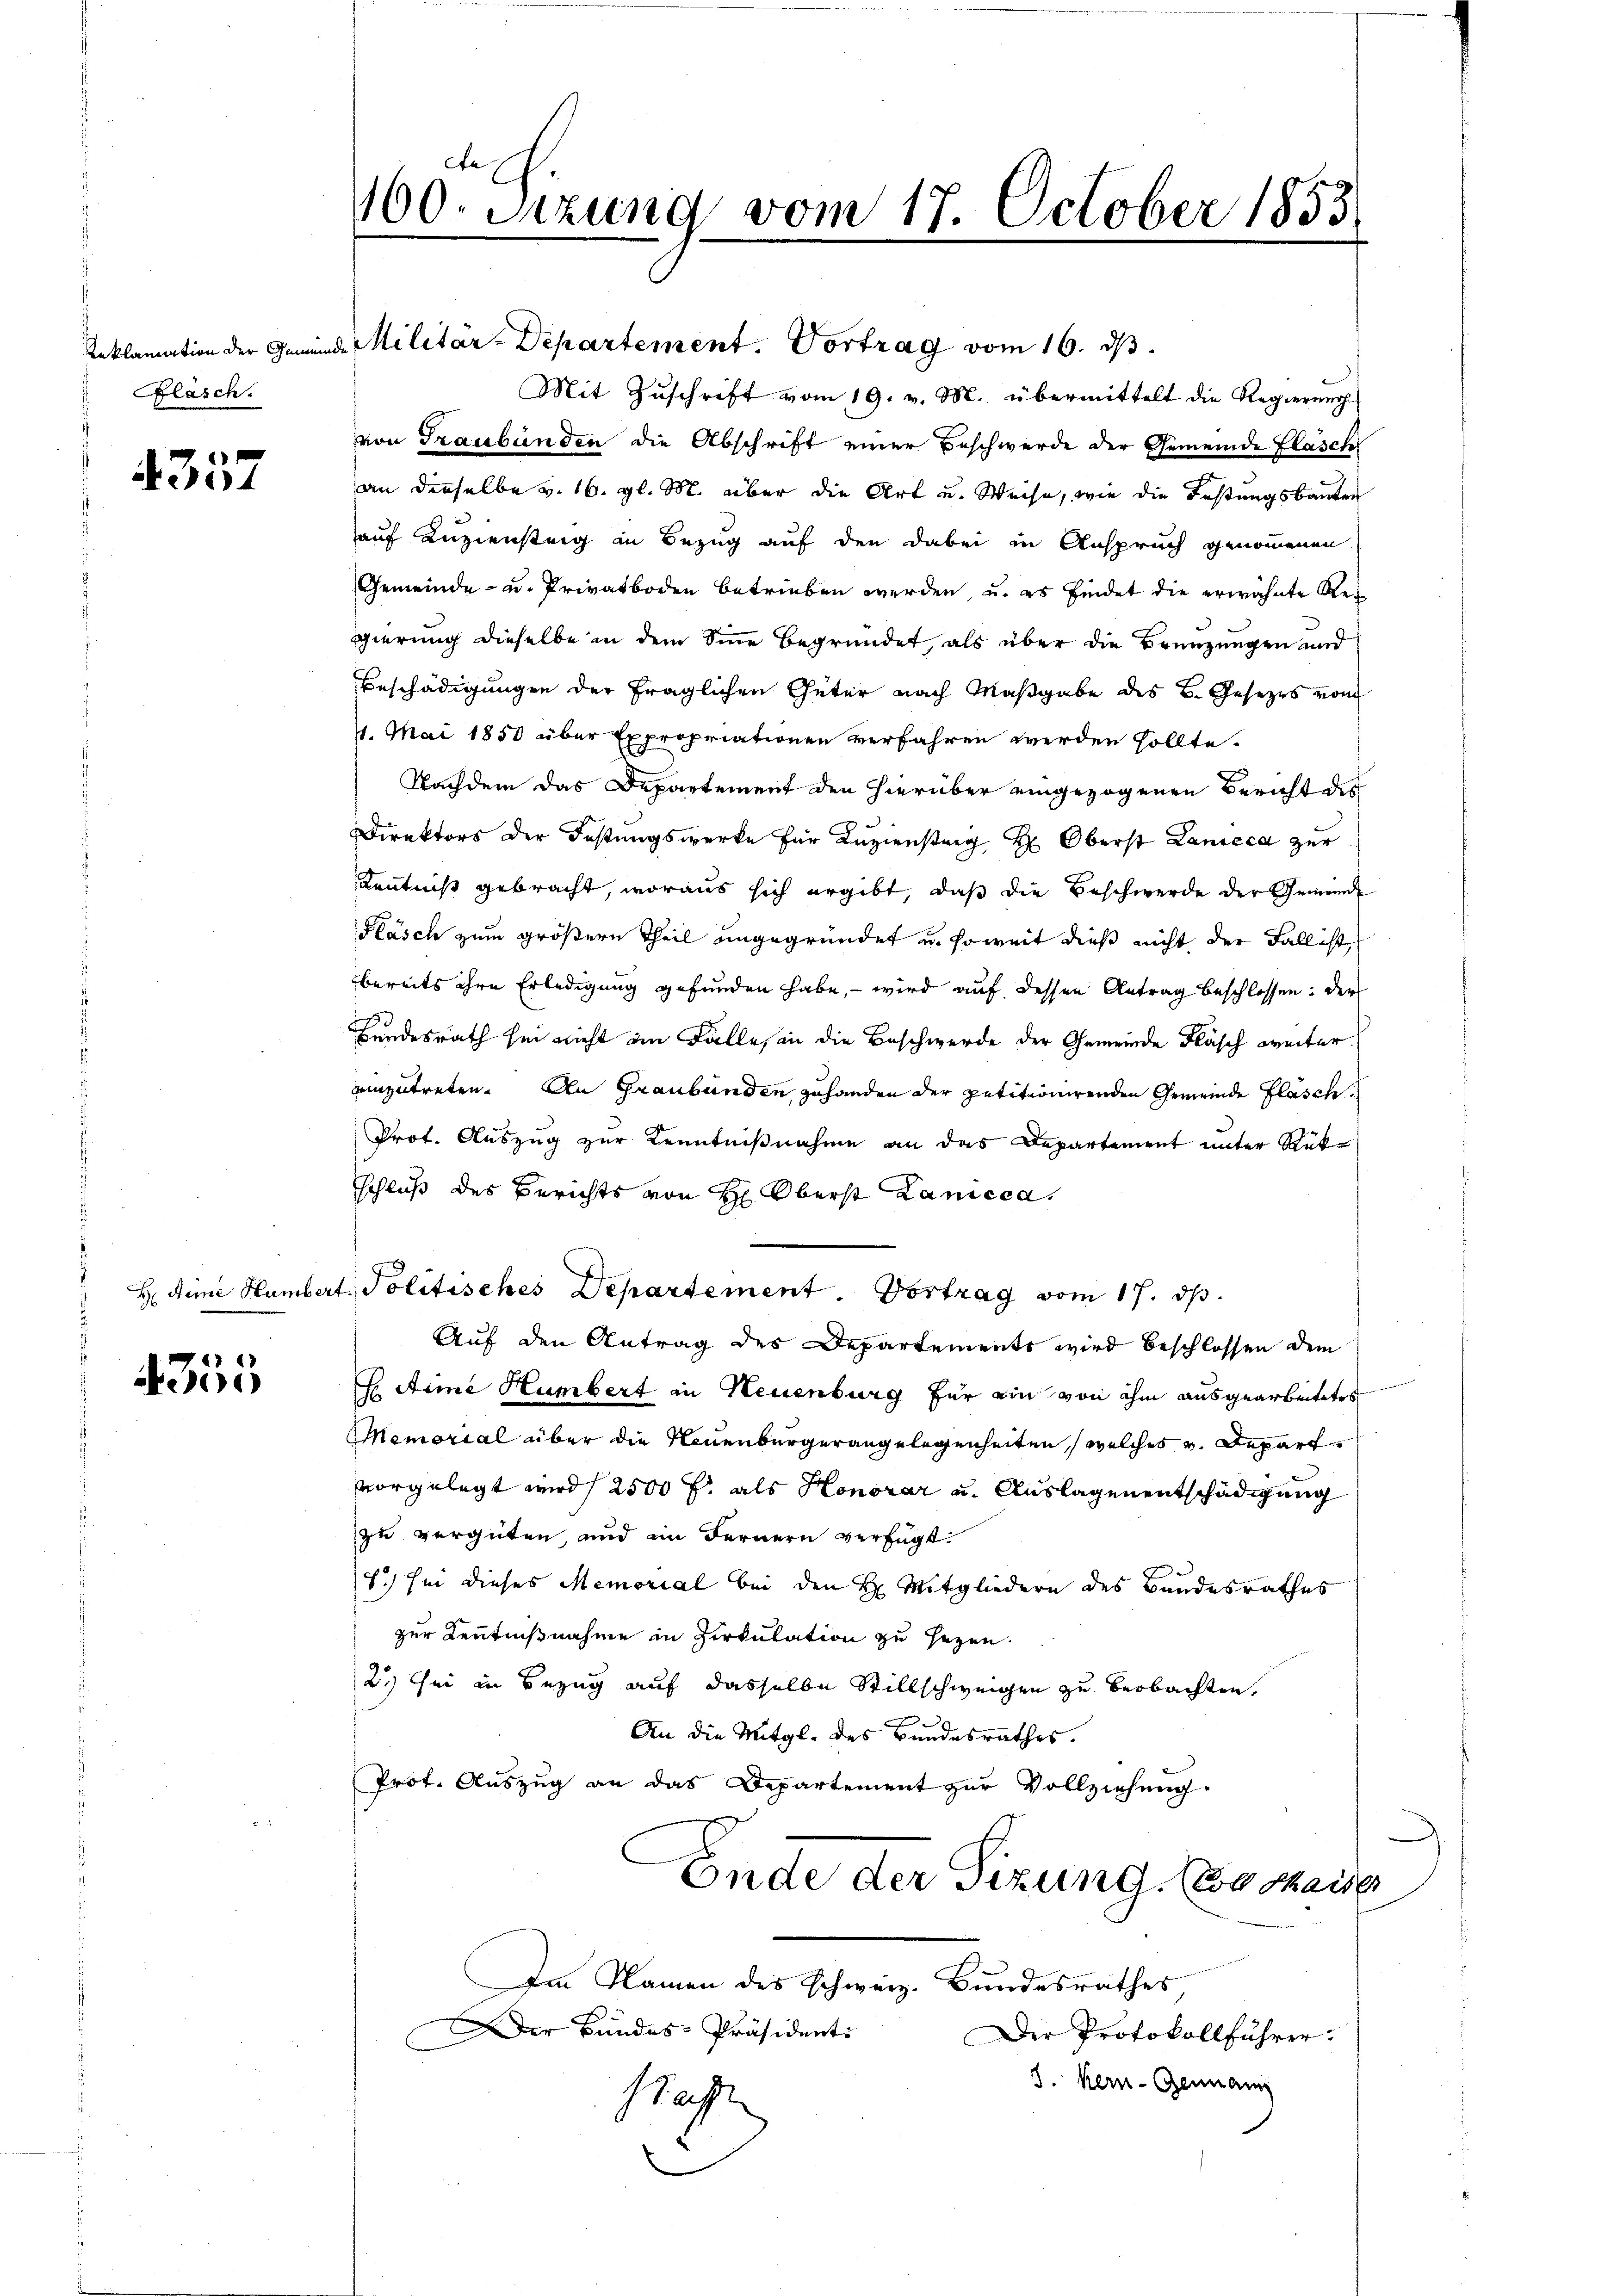
Reklamation der Gemein
Flasch.

4357

H Arme Humber

355

a Militar-Departement. Vortrag vom 16. ds.
Mit Zuschrift vom 19. v. M. übermittelt die Regierung
von Graubünden die Abschrift einer Beschwerde der Gemeinde Flasch
an dieselbe v. 16. gl. M. über die Art und Weise, wie die Festungsbauten
auf Kuziensteig in Bezug auf den dabei in Anspruch genommenen
Gemeinde- u. Privatboden betrieben werden, u. es findet die erwähnte Regierung dieselbe in dem Sinne Begründet, als über die Brünzungen und
Beschädigungen der fraglichen Güter nach Maßgabe des B. Gesetzes vom
11. Mai 1850 über Expropriationen verfahren werden sollte.
Nachdem das Departement den hierüber eingezogenen Bericht des
Direktors der Festungswerke für Kuriensteig H: Oberst Lanicca zur
Kenntniß gebracht, woraus sich ergibt, daß die Beschwerde der Gemeinde
Fläsch zum größern Theil angegründet u. soweit dieß nicht der Fall ist,
bereits ihre Erledigung gefunden habe, – wird auf dessen Antrag beschlossen: der
Bundesrath hin nicht im Falles in die Beschwerde der Gemeinde Fläsch weitereinzutreten. An Graubünden gehanden der petitionirenden Gemeinde Fläsch
Prot. Auszug zur Kenntnißnahme an das Departement unter Rükschluß des Berichts von H: Oberst Lanicca,
A. Politisches Departement. Vortrag vom 17. ds.
Auf den Antrag des Departements wird beschlossen dem
H. Anne Humbert in Neuenburg für ein von ihm ausgearbeitetes
Memorial über die Neuenburgerangelegenheiten (welches v. Depart
vorgelegt wird ( 2500 f: als Honorar u. Auslagenentschädigung
zu vergüten, und im Fernern verfügt:
1.) In dieses Memorial bei den H. Mitgliedern des Bandesrathes
zer Kenntnißnahme in Zirkulation zu sezen.
2.) Sei in Bezug auf dasselbe Stillschweigen zu beobachten.
3
An die Mitgl. des Bundesrathes.
Prot. Auszug an das Departement zur Vollziehung
Ende der Sizung. (wo thaiser
Im Namen des schweiz. Bundesrathes
Der Bundes-Präsidenti
Der Protokollführer.
3. Kern- Genann
Mah

100. Sitzung vom 17. October 1853.